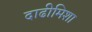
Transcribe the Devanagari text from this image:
दाढीमिशा